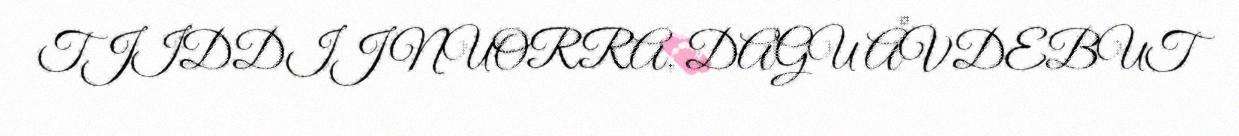
TJIDDIJ NUORRA, DAGU ÅVDEBUT